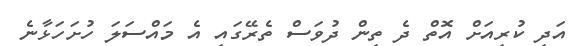
އަދި ކުރިއަށް އޮތް ދެ ތިން ދުވަސް ތެރޭގައި އެ މައްސަލަ ހުށަހަޅާނެ